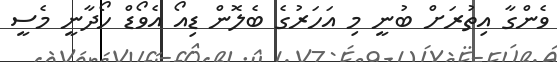
ވެންގާ އިތުރަށް ބުނީ މި އަހަރުގެ ބެލޮން ޑިއޯ އެވޯޑް ހޯދާނީ މެސީ